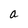
Character: a